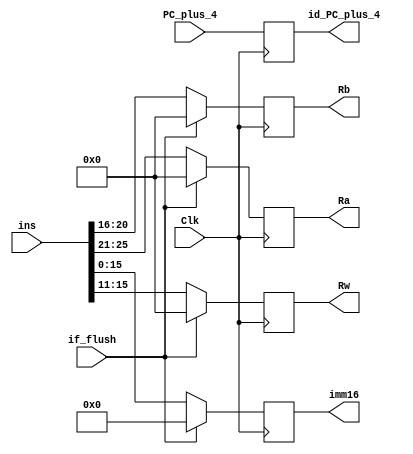
module if_id(Clk,ins,if_flush,PC_plus_4,Ra,Rb,Rw,imm16,id_PC_plus_4);
    input Clk;
    input[31:0] ins;
    input       if_flush;
    input[31:2] PC_plus_4;
    
    output reg [4:0] Ra;
    output reg [4:0] Rb;
    output reg [4:0] Rw;
    output reg [15:0] imm16;
    output reg [31:2] id_PC_plus_4;
    
    initial begin
      Ra           = 5'd0;
      Rb           = 5'd0;
      Rw           = 5'd0;
      imm16        = 16'd0;
      id_PC_plus_4 = 30'd0;
    end
    always @(posedge Clk)
    begin
      if (if_flush) begin
          Ra           <= 5'd0;
          Rb           <= 5'd0;
          Rw           <= 5'd0;
          imm16        <= 16'd0;
          id_PC_plus_4 <= PC_plus_4;
      end else begin
          Ra           <= ins[25:21];
          Rb           <= ins[20:16];
          Rw           <= ins[15:11];
          imm16        <= ins[15:0];
          id_PC_plus_4 <= PC_plus_4;
      end
    end

endmodule